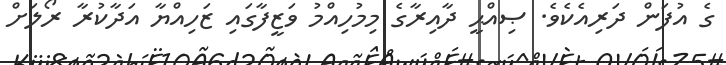
ގެ އުފަން ދަރިއެކެވެ. ޞިއްޙީ ދާއިރާގެ މިމުހިއްމު ވަޒީފާގައި ޒަހިއްޔާ އަދާކުރާ ރޯލަށް